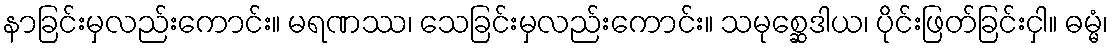
နာခြင်းမှလည်းကောင်း။ မရဏဿ၊ သေခြင်းမှလည်းကောင်း။ သမုစ္ဆေဒါယ၊ ပိုင်းဖြတ်ခြင်းငှါ။ ဓမ္မံ၊